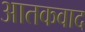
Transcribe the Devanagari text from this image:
आतकवाद